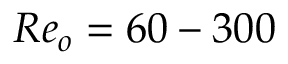
R e _ { o } = 6 0 - 3 0 0